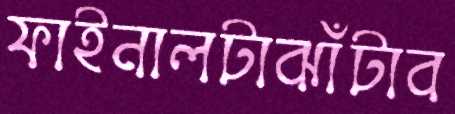
ফাইনালটাঝাঁটাব